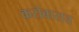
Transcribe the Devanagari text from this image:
करोबारात